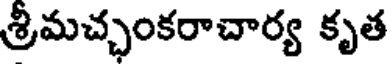
శ్రీమచ్ఛంకరాచార్య కృత